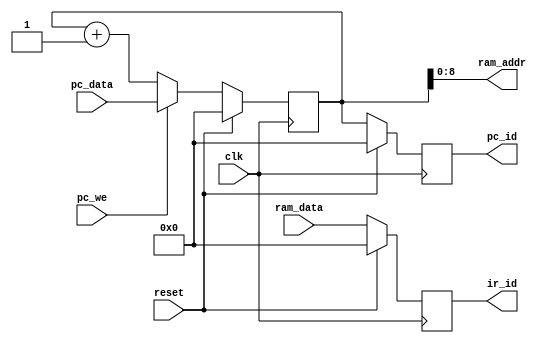
/*
 * Copyright (c) 2015 Brett Witherspoon
 */

`timescale 1ns / 1ps

module fetch #(
    parameter ADDR_WIDTH = 9,
    parameter DATA_WIDTH = 32,
    parameter BOOT_ADDR  = 32'h00000000
)(
    input                       clk,
    input                       reset,
    input                       pc_we,
    input      [DATA_WIDTH-1:0] pc_data,
    input      [DATA_WIDTH-1:0] ram_data,
    output     [ADDR_WIDTH-1:0] ram_addr,
    output reg [DATA_WIDTH-1:0] pc_id,
    output reg [DATA_WIDTH-1:0] ir_id
);

    reg [DATA_WIDTH-1:0] pc = 0;

    initial pc_id = BOOT_ADDR;
    initial ir_id = 0;

    assign ram_addr = pc[ADDR_WIDTH-1:0];

    always @(posedge clk)
        if (reset) begin
            pc    <= BOOT_ADDR;
            pc_id <= 0;
            ir_id <= 0;;
        end else begin
            pc    <= pc_we ? pc_data : pc + 1;;
            pc_id <= pc;
            ir_id <= ram_data;
        end

endmodule